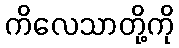
ကိလေသာတို့ကို